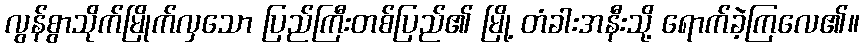
လွန်စွာသိုက်မြိုက်လှသော ပြည်ကြီးတစ်ပြည်၏ မြို့ တံခါးအနီးသို့ ရောက်ခဲ့ကြလေ၏။